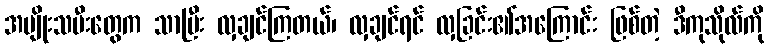
အမျိုးသမီးတွေက သာပြီး လှချင်ကြတယ်၊ လှချင်ရင် လှခြင်း၏အကြောင်း ဖြစ်တဲ့ ဒီကုသိုလ်ကို